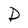
Character: D